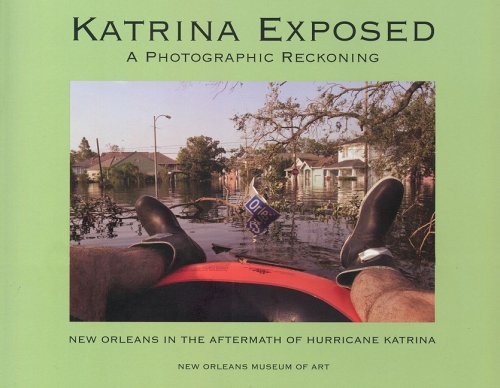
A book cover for Katrina Exposed: A Photographic Reckoning; Travel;